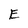
Character: E